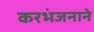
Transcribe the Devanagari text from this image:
करभंजनाने